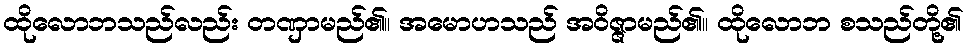
ထိုလောဘသည်လည်း တဏှာမည်၏။ အမောဟသည် အဝိဇ္ဇာမည်၏။ ထိုလောဘ စသည်တို့၏